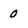
Character: 0